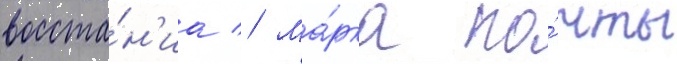
восста́н'иа // Ма́рка по́чты